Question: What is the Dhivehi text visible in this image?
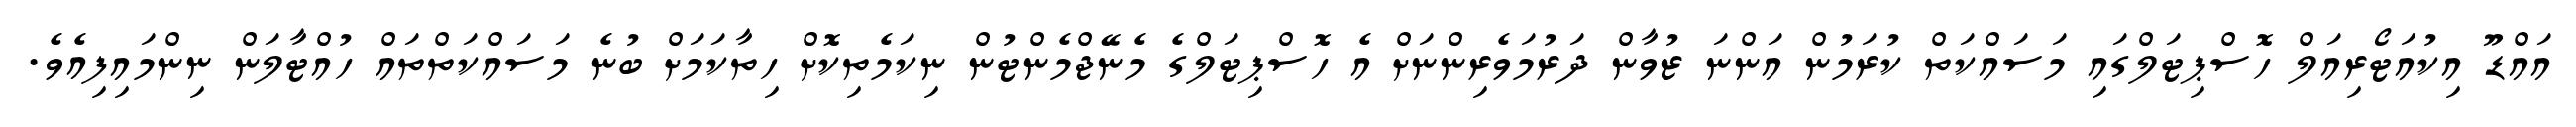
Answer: އައްޑޫ އިކުއަޓޯރިއަލް ހޮސްޕިޓަލްގައި މަސައްކަތް ކުރަމުން އަންނަ ޒުވާން ދަރުމަވެރިންނަށް އެ ހޮސްޕިޓަލްގެ މެނޭޖްމެންޓުން ނިކަމެތިކޮށް ހިތާކަމަށް ބުނެ މަސައްކަތްތައް ހުއްޓާލަން ނިންމައިފިއެވެ.